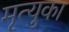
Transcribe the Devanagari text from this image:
मृत्युका